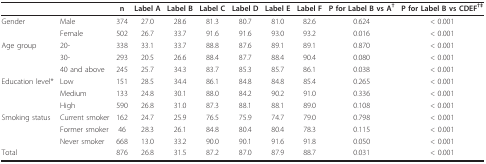
<table><thead><tr><td></td><td></td><td><b>n</b></td><td><b>Label A</b></td><td><b>Label B</b></td><td><b>Label C</b></td><td><b>Label D</b></td><td><b>Label E</b></td><td><b>Label F</b></td><td><b>P for Label B vs A<sup>†</sup></b></td><td><b>P for Label B vs CDEF<sup>†‡</sup></b></td></tr></thead><tbody><tr><td>Gender</td><td>Male</td><td>374</td><td>27.0</td><td>28.6</td><td>81.3</td><td>80.7</td><td>81.0</td><td>82.6</td><td>0.624</td><td>&lt; 0.001</td></tr><tr><td></td><td>Female</td><td>502</td><td>26.7</td><td>33.7</td><td>91.6</td><td>91.6</td><td>93.0</td><td>93.2</td><td>0.016</td><td>&lt; 0.001</td></tr><tr><td>Age group</td><td>20-</td><td>338</td><td>33.1</td><td>33.7</td><td>88.8</td><td>87.6</td><td>89.1</td><td>89.1</td><td>0.870</td><td>&lt; 0.001</td></tr><tr><td></td><td>30-</td><td>293</td><td>20.5</td><td>26.6</td><td>88.4</td><td>87.7</td><td>88.4</td><td>90.4</td><td>0.080</td><td>&lt; 0.001</td></tr><tr><td></td><td>40 and above</td><td>245</td><td>25.7</td><td>34.3</td><td>83.7</td><td>85.3</td><td>85.7</td><td>86.1</td><td>0.038</td><td>&lt; 0.001</td></tr><tr><td>Education level*</td><td>Low</td><td>151</td><td>28.5</td><td>34.4</td><td>86.1</td><td>84.8</td><td>84.8</td><td>85.4</td><td>0.265</td><td>&lt; 0.001</td></tr><tr><td></td><td>Medium</td><td>133</td><td>24.8</td><td>30.1</td><td>88.0</td><td>84.2</td><td>90.2</td><td>91.0</td><td>0.336</td><td>&lt; 0.001</td></tr><tr><td></td><td>High</td><td>590</td><td>26.8</td><td>31.0</td><td>87.3</td><td>88.1</td><td>88.1</td><td>89.0</td><td>0.108</td><td>&lt; 0.001</td></tr><tr><td>Smoking status</td><td>Current smoker</td><td>162</td><td>24.7</td><td>25.9</td><td>76.5</td><td>75.9</td><td>74.7</td><td>79.0</td><td>0.798</td><td>&lt; 0.001</td></tr><tr><td></td><td>Former smoker</td><td>46</td><td>28.3</td><td>26.1</td><td>84.8</td><td>80.4</td><td>80.4</td><td>78.3</td><td>0.115</td><td>&lt; 0.001</td></tr><tr><td></td><td>Never smoker</td><td>668</td><td>13.0</td><td>33.2</td><td>90.0</td><td>90.1</td><td>91.6</td><td>91.8</td><td>0.050</td><td>&lt; 0.001</td></tr><tr><td>Total</td><td></td><td>876</td><td>26.8</td><td>31.5</td><td>87.2</td><td>87.0</td><td>87.9</td><td>88.7</td><td>0.031</td><td>&lt; 0.001</td></tr></tbody></table>